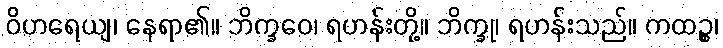
ဝိဟရေယျ၊ နေရာ၏။ ဘိက္ခဝေ၊ ရဟန်းတို့။ ဘိက္ခု၊ ရဟန်းသည်။ ကထဉ္စ၊